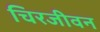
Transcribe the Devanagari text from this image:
चिरजीवन